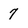
Character: 7